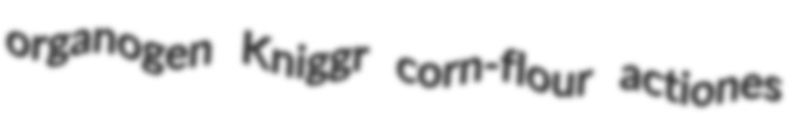
organogen Kniggr corn-flour actiones